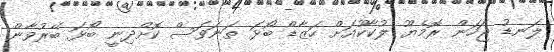
ލަނޑު ޖަހަން ރޮމެޔޫ ލުކާކޫއަށް ހަޒާޑް ބޯޅަ ތަނަވަސް ކޮށްދިނީ ބޯޅަ ބޭރުވާން